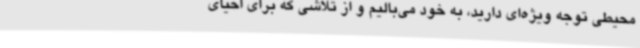
‌محیطی توجه ویژه‌ای دارید، به خود می‌بالیم و از تلاشی که برای احیای